Scottish Leaving Certificate Examination, 1951
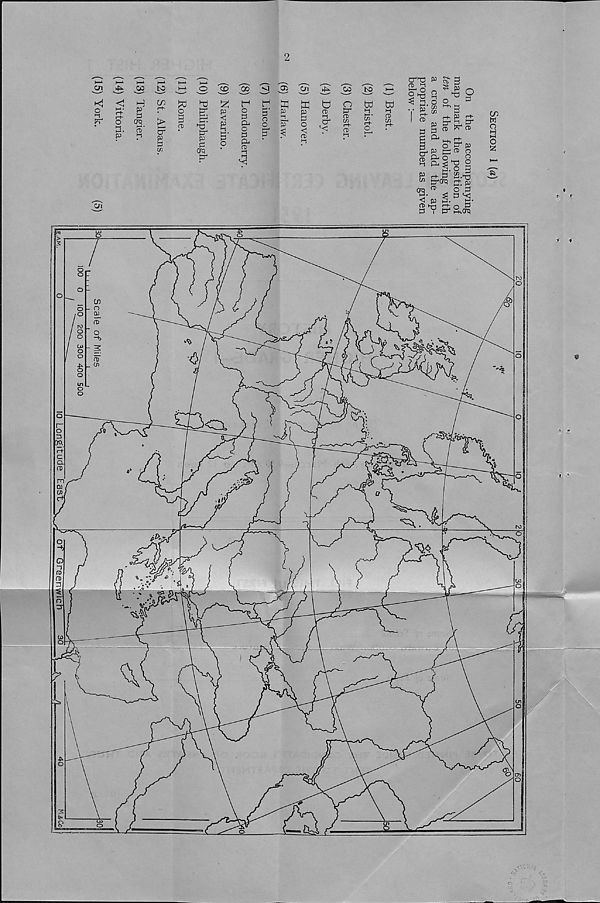
To face page 10
HIGHER HIST, f
(Section I)
SCOTTISH LEAVING CERTIFICATE EXAMINATION
1951
HISTORY
HIGHER GRADE—I
Section I
(To be attempted by all candidates)
Thursday, 8th March—9.30 a.m. to 12 noon
FILL THIS IN FIRST
Name of School
Name of Pupil „
TO BE PINNED INSIDE THE CANDIDATE’S BOOK OF ANSWERS AND THUS
SENT TO THE DEPARTMENT.
[over